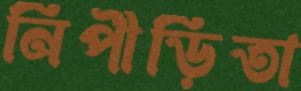
নিপীড়িতা